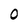
Character: O